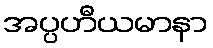
အပ္ပဟီယမာနာ